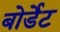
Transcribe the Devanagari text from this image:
बोर्डेट